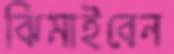
ঝিমাইবেন